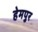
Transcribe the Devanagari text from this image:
हेमपुर